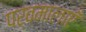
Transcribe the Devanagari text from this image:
पर्वमालाएँ